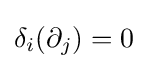
\delta _{i}(\partial _{j})=0